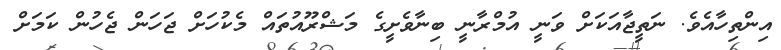
އިންތިހާއެވެ. ނަތީޖާއަކަށް ވަނީ އުމްރާނީ ބިނާވެށީގެ މަޝްރޫއުތައް މެކުހަށް ޖަހަން ޖެހުން ކަމަށް